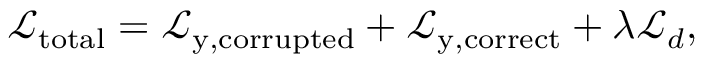
\mathcal { L } _ { \mathrm { t o t a l } } = \mathcal { L } _ { \mathrm { y , c o r r u p t e d } } + \mathcal { L } _ { \mathrm { y , c o r r e c t } } + \lambda \mathcal { L } _ { d } ,